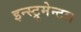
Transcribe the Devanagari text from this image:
इन्स्ट्रुमेन्टल